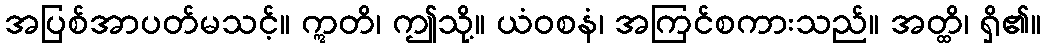
အပြစ်အာပတ်မသင့်။ ဣတိ၊ ဤသို့။ ယံဝစနံ၊ အကြင်စကားသည်။ အတ္ထိ၊ ရှိ၏။